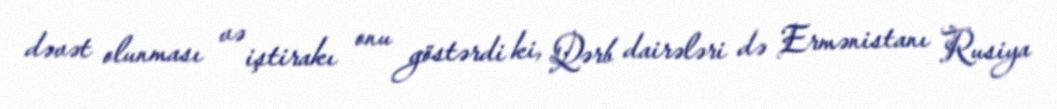
dəvət olunması və iştirakı onu göstərdi ki, Qərb dairələri də Ermənistanı Rusiya